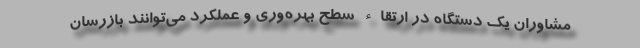
مشاوران یک دستگاه در ارتقاء سطح بهره‌وری و عملکرد می‌توانند بازرسان